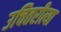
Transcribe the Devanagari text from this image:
उचितरीत्या